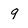
Character: q